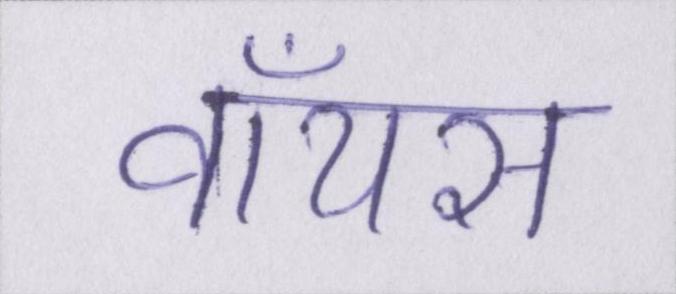
वॉयस